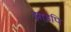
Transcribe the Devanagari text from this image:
झाड़पि